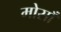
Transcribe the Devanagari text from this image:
मोसाँ